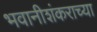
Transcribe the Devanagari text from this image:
भवानीशंकराच्या